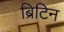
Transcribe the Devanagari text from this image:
ब्रिटिन